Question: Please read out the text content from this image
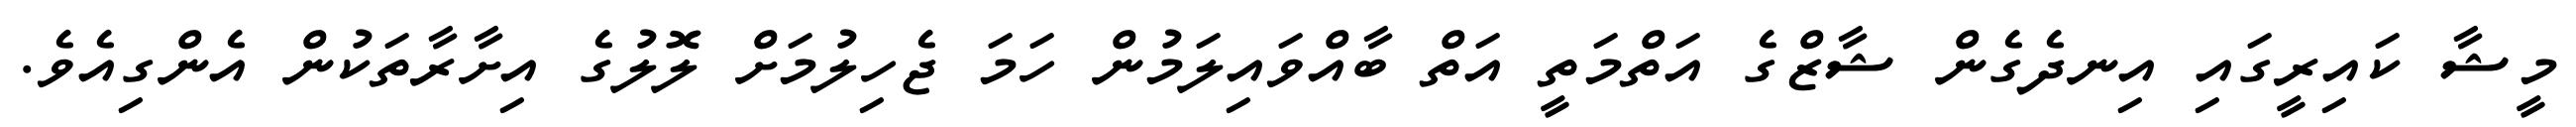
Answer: މީޝާ ކައިރީގައި އިނދެގެން ޝާޒްގެ އަތްމަތީ އަތް ބާއްވައިލަމުން ހަމަ ޖެހިލުމަށް ލޮލުގެ އިށާރާތަކުން އެންގިއެވެ.